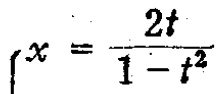
\(x = \frac{2t}{1 - t^{2}}\)